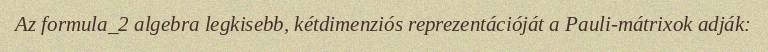
Az formula_2 algebra legkisebb, kétdimenziós reprezentációját a Pauli-mátrixok adják: